Statistical return of the lunatic asylum in Assam - 1912-1932
Year: 1912
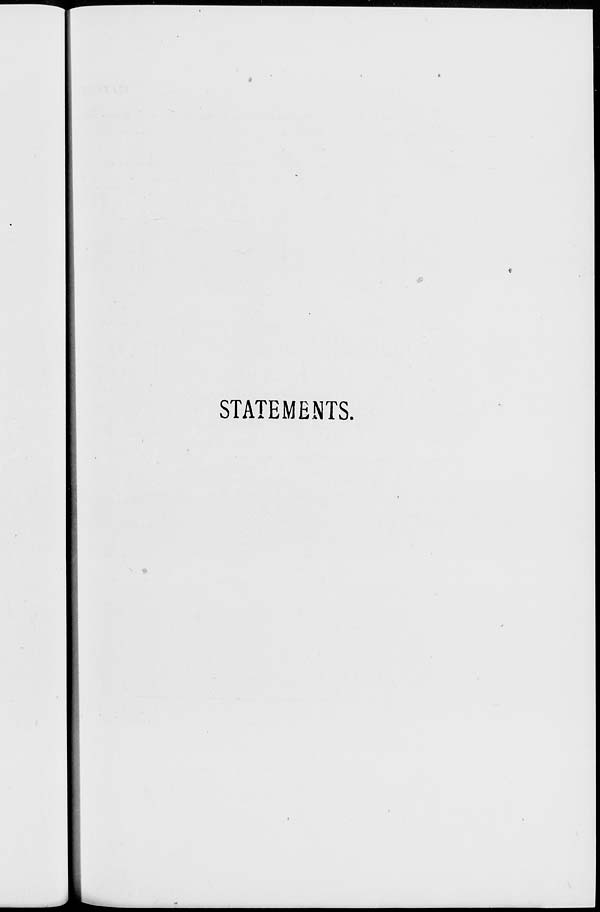
*
STATEMENTS.